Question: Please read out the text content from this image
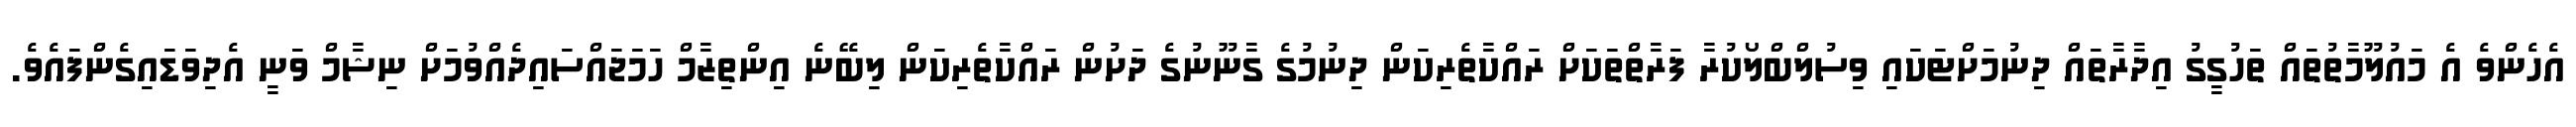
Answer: އެހެންވެ އެ މައުލޫމާތުތައް ތަހުގީގު އިދާރާތައް ދިނުމަށްޓަކައި ވިސުލްބްލޯކުރާ ފަރާތްތަކަށް ރައްކާތެރިކަން ދިނުމުގެ ގާނޫނުގެ ދަށުން ރައްކާތެރިކަން ލިބޭނެ އިންތިޒާމް ހަމަޖައްސައިދެއްވުމަށް ނިޝާމް ވަނީ އެދިވަޑައިގެންފައެވެ.